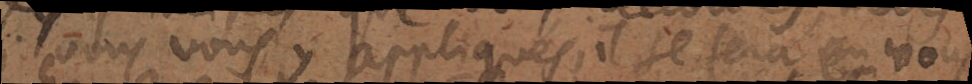
vous vous y appliqués, il se fera en vous